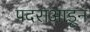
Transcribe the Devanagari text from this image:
पदराआडून